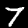
Digit: 7